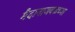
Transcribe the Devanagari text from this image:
मैदानाजवळच्या